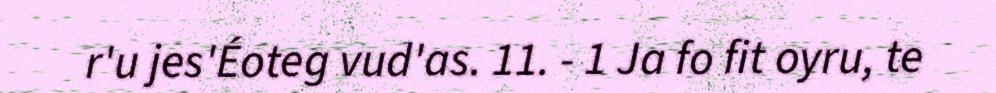
r'u jes'Éoteg vud'as. 11. - 1 Ja fo fit oyru, te